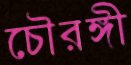
চৌরঙ্গী